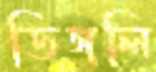
ডিঙ্গলি